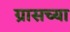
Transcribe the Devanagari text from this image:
ग्रासच्या